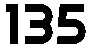
135